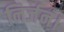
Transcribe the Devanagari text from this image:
निर्जन।